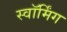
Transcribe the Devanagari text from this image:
स्वॉर्मिंग